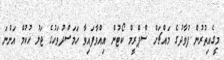
މީގެއިތުރުން ފުވާދުގެ މައްޗަށް ސްޕްރީމް ކޯޓުން އިއްވާފައިވާ ހަމަސްދުވަހުގެ ޖަލު ހުކުމް އަންނަ